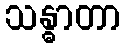
သန္ဓာတာ